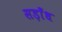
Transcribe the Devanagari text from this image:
सड़ाँध